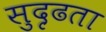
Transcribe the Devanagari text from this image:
सुदृढता